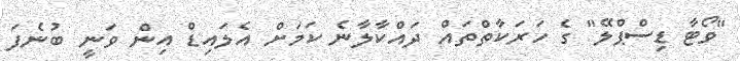
"ވޯޓާ ޑިސްޕްލޭ" ގެ ހަރަކާތްތައް ދައްކާލާނެ ކަމަށް އެލައިޑް އިން ވަނީ ބުނެފަ